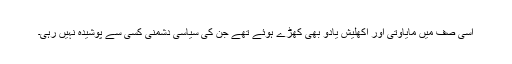
اسی صف میں مایاوتی اور اکھلیش یادو بھی کھڑے ہوئے تھے جن کی سیاسی دشمنی کسی سے پوشیدہ نہیں رہی۔